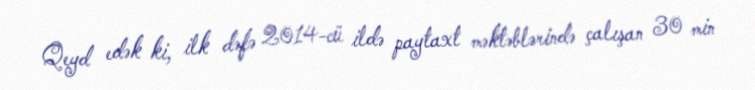
Qeyd edək ki, ilk dəfə 2014-cü ildə paytaxt məktəblərində çalışan 30 min